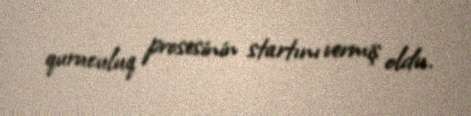
quruculuq prosesinin startını vermiş oldu.